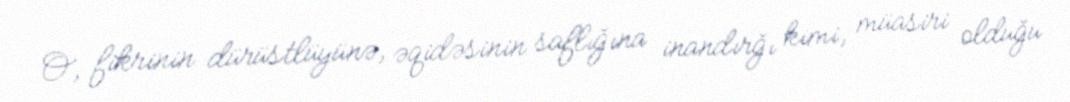
O, fikrinin dürüstlüyünə, əqidəsinin saflığına inandırğı kimi, müasiri olduğu